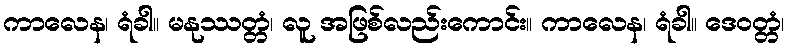
ကာလေန၊ ရံခါ။ မနုဿတ္တံ၊ လူ အဖြစ်လည်းကောင်း။ ကာလေန၊ ရံခါ။ ဒေဝတ္တံ၊